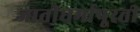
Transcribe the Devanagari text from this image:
जातीधर्मापूरती